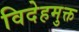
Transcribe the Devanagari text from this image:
विदेहमुक्त